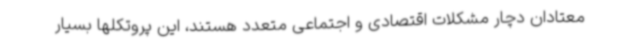
معتادان دچار مشکلات اقتصادی و اجتماعی متعدد هستند، این پروتکلها بسیار